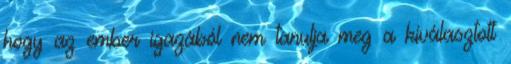
hogy az ember igazából nem tanulja meg a kiválasztott